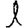
Digit: 1